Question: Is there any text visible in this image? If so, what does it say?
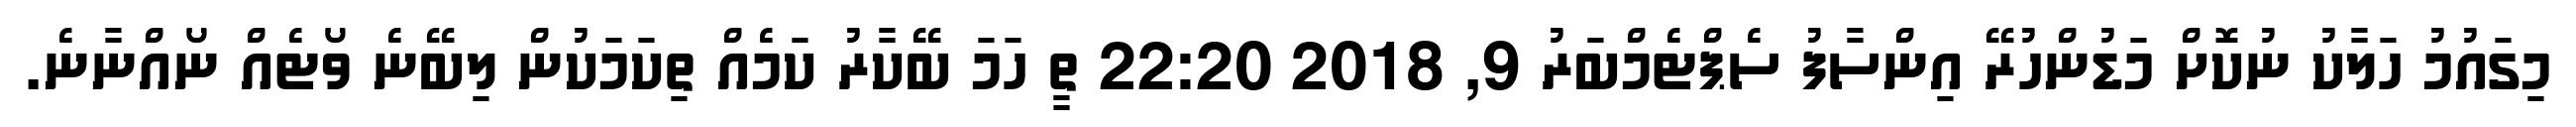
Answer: މިގައުމު ހަލާކު ނުކޮށް މަޑުންހުރޭ އިންސާފު ސެޕްޓެމްބަރު 9, 2018 22:20 ތީ ހަމަ ބޭކާރު ކަމެއް ތިކަމަކުން ލިބޭނެ ވޯޓެއް ނޯއްނާނެ.